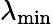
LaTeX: \lambda_{\operatorname*{min}}